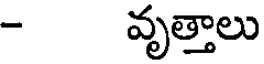
- వృత్తాలు